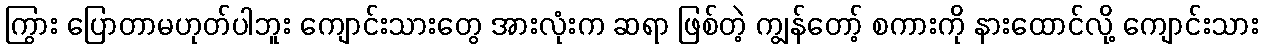
ကြွား ပြောတာမဟုတ်ပါဘူး ကျောင်းသားတွေ အားလုံးက ဆရာ ဖြစ်တဲ့ ကျွန်တော့် စကားကို နားထောင်လို့ ကျောင်းသား